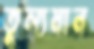
তুল্যমান